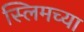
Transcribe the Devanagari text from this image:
स्लिमच्या